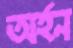
অর্হন